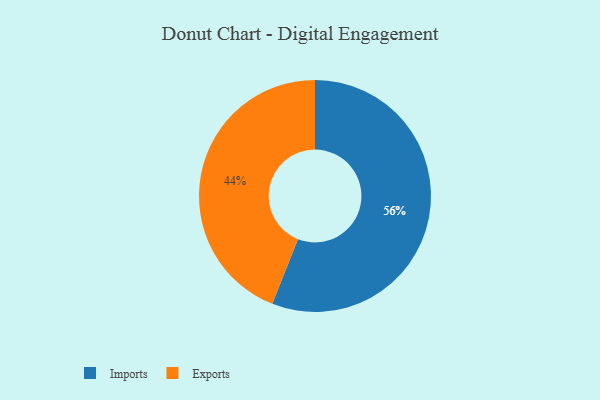
{"axis": {"x": "Category", "y": "Percentage"}, "legend": ["Exports", "Imports"], "data": [{"x": "Exports", "y": 44, "type": "Exports"}, {"x": "Imports", "y": 56, "type": "Imports"}]}